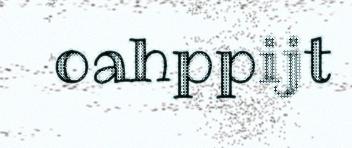
oahppijt